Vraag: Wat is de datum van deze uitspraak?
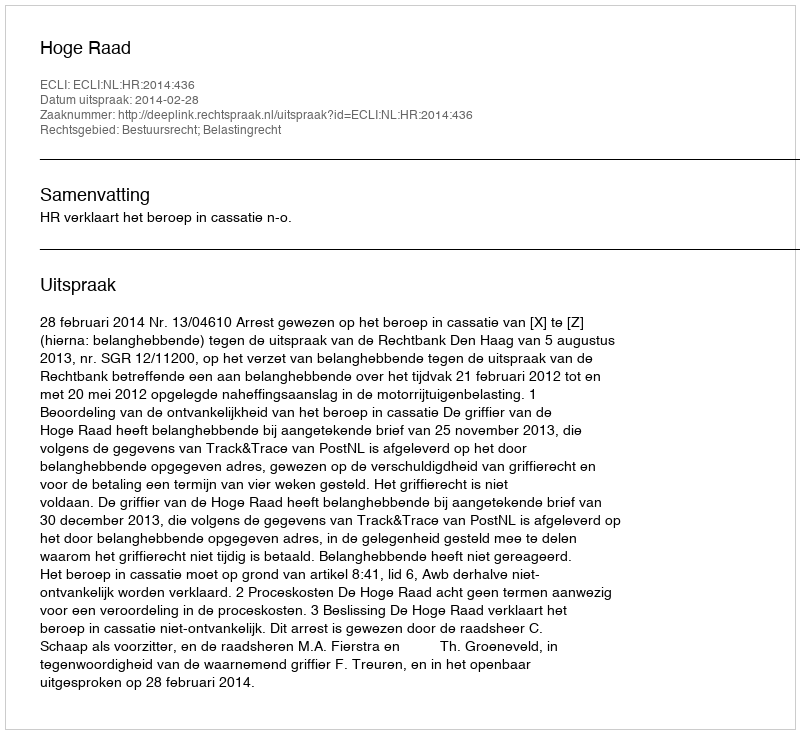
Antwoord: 2014-02-28